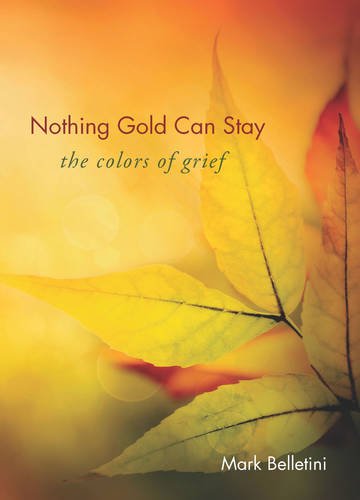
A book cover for Nothing Gold Can Stay: The Colors of Grief; Mark Belletini; Religion & Spirituality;